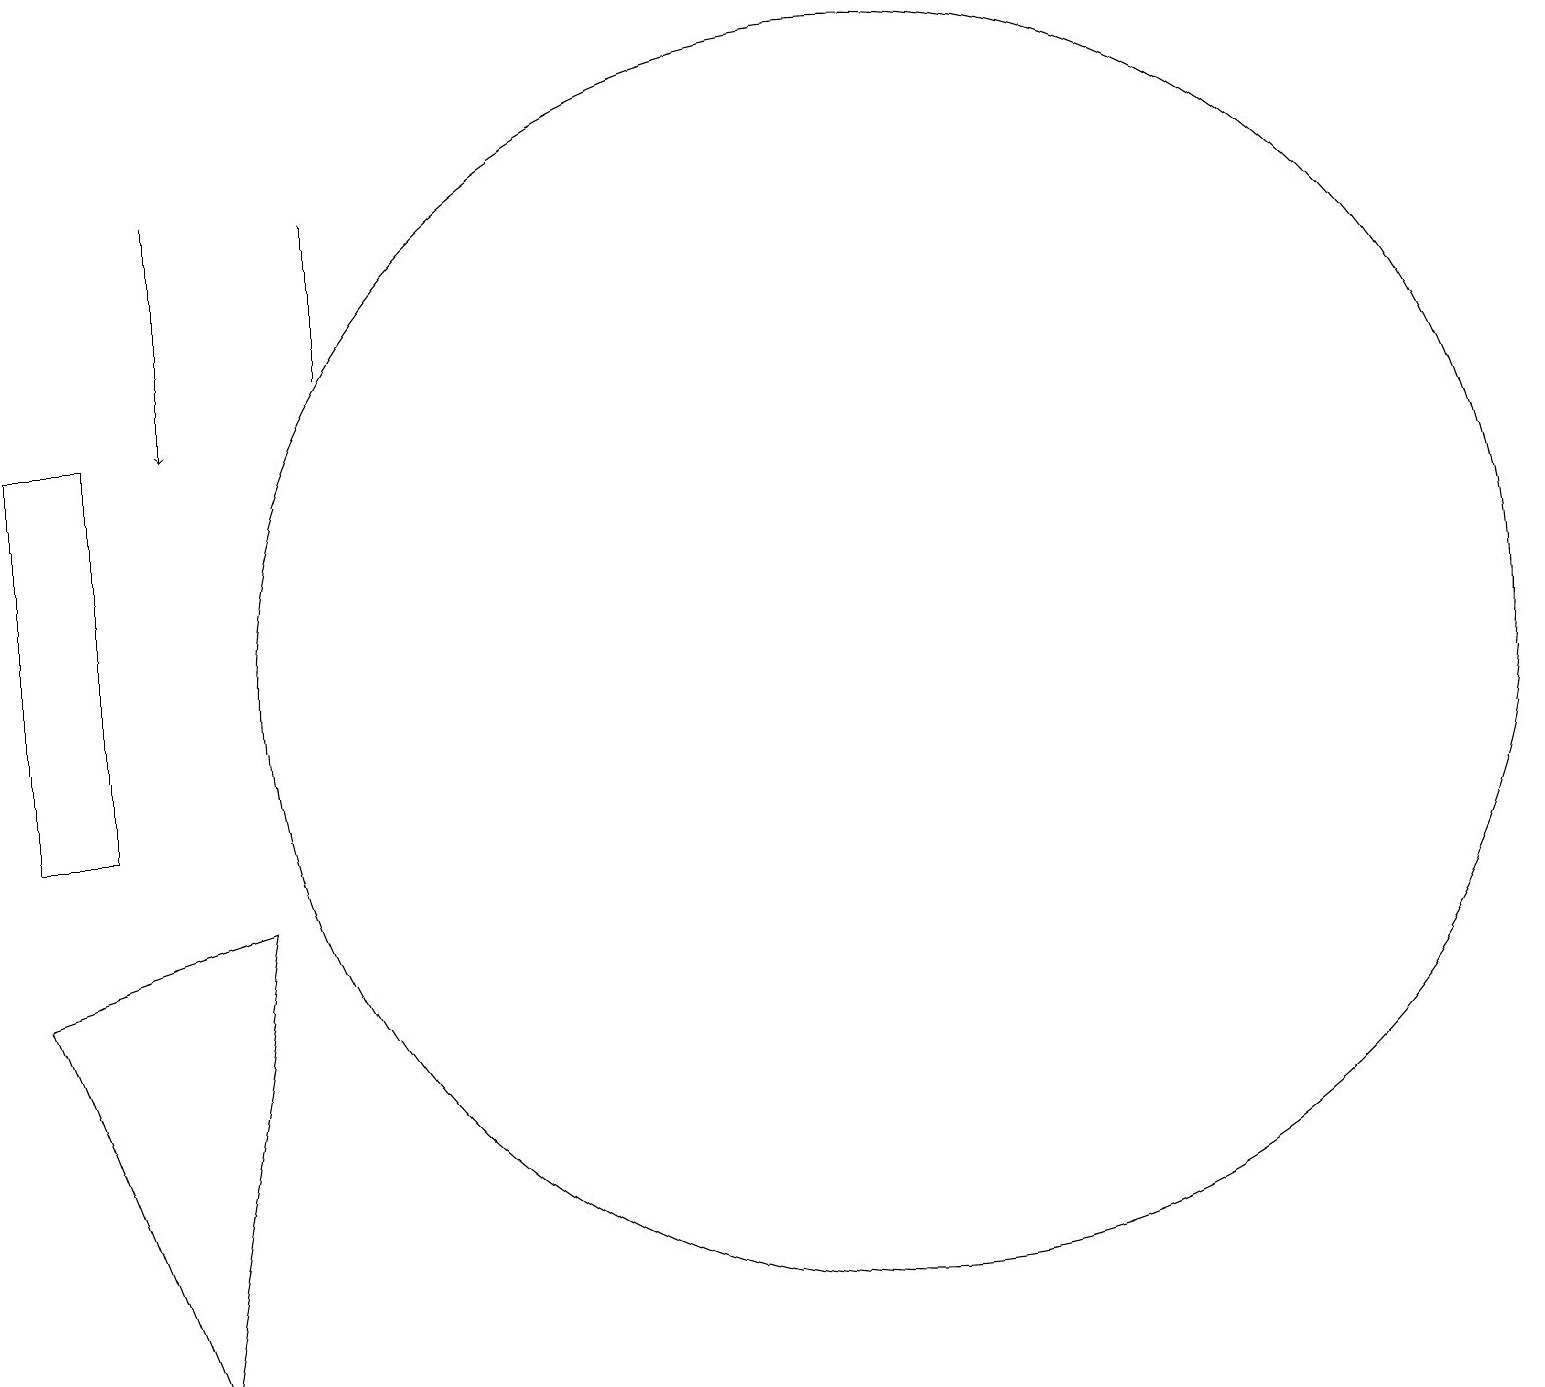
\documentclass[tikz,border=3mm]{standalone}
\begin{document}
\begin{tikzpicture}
\draw (1,15) rectangle (0,10);
\draw[->] (2,18) -- (2,15);
\draw (11,12) circle (8);
\draw (2,3) -- (3,9) -- (0,8) -- cycle;
\draw (4,16) rectangle (4,18);
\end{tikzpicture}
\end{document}